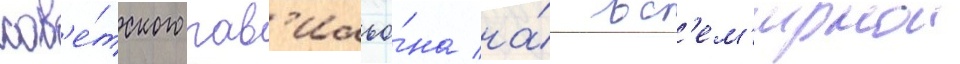
сов'е́тского пав'ильо́на на́ вс'ем'ирнои